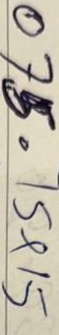
075 = 15x15